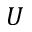
U